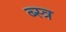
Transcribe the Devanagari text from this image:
ब्स्त्र